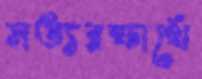
সত্যরক্ষার্থে